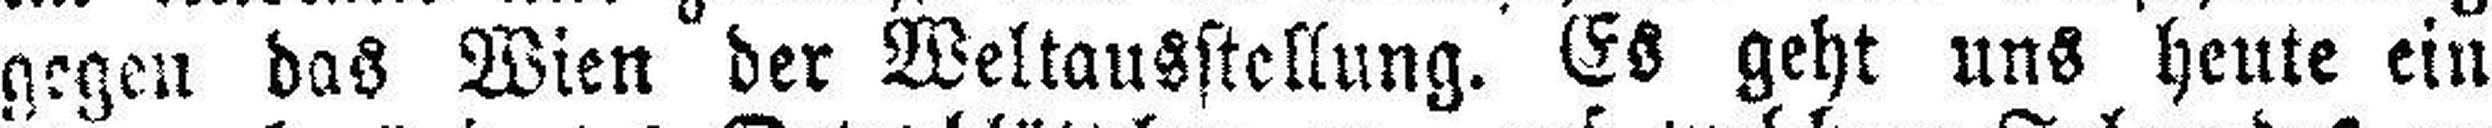
gegen das Wien der Weltausstellung. Es geht uns heute ein